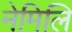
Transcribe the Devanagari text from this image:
नेमिलि